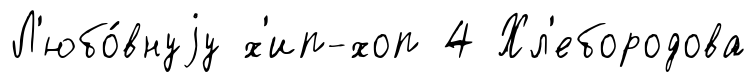
Л'юбо́внуjу х'ип-хоп 4 Хл'ебородова